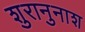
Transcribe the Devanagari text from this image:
शुरानुनाश